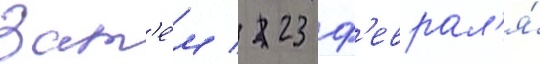
Зат'е́м / 23 ф'еврал'я́